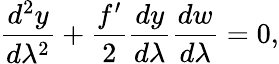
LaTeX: \frac{d^{2}y}{d\lambda^{2}}+\frac{f^{\prime}}{2}\frac{dy}{d\lambda}\frac{dw}{d\lambda}=0,